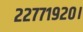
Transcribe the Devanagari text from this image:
२२७७१९२०।